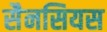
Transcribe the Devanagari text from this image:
सैनसियस